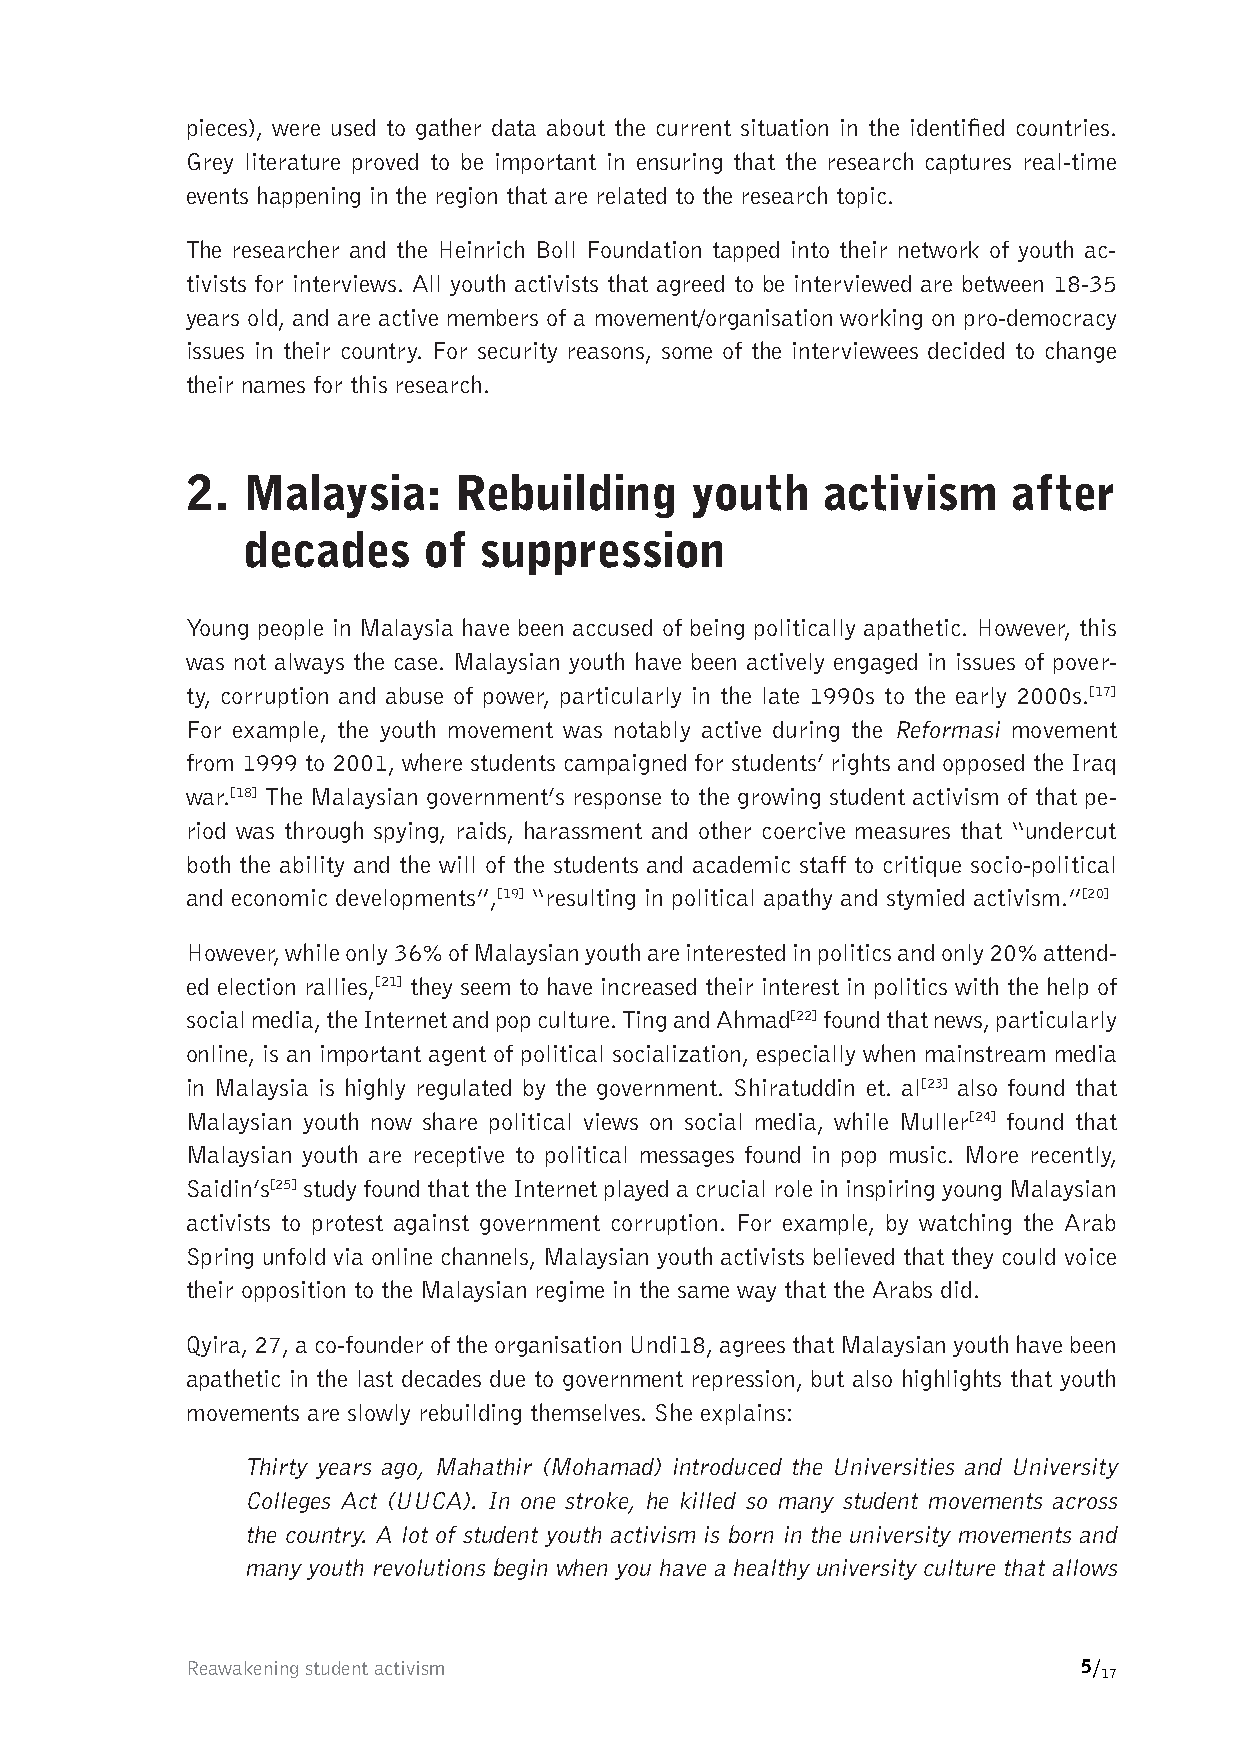
pieces), were used to gather data about the current situation in the identified countries.
 Grey literature proved to be important in ensuring that the research captures real-time
 events happening in the region that are related to the research topic.
 The researcher and the Heinrich Boll Foundation tapped into their network of youth ac-
 tivists for interviews. All youth activists that agreed to be interviewed are between 18-35
 years old, and are active members of a movement/organisation working on pro-democracy
 issues in their country. For security reasons, some of the interviewees decided to change
 their names for this research.
 2.  Malaysia:     Rebuilding      youth   activism     after
 decades     of  suppression
 Young people in Malaysia have been accused of being politically apathetic. However, this
 was not always the case. Malaysian youth have been actively engaged in issues of pover-
 ty, corruption and abuse of power, particularly in the late 1990s to the early 2000s.[17]
 For example, the youth movement was notably active during the Reformasi movement
 from 1999 to 2001, where students campaigned for students’ rights and opposed the Iraq
 war.[18] The Malaysian government’s response to the growing student activism of that pe-
 riod was through spying, raids, harassment and other coercive measures that “undercut
 both the ability and the will of the students and academic staff to critique socio-political
 and economic developments”,[19] “resulting in political apathy and stymied activism.”[20]
 However, while only 36% of Malaysian youth are interested in politics and only 20% attend-
 ed election rallies,[21] they seem to have increased their interest in politics with the help of
 social media, the Internet and pop culture. Ting and Ahmad[22] found that news, particularly
 online, is an important agent of political socialization, especially when mainstream media
 in Malaysia is highly regulated by the government. Shiratuddin et. al[23] also found that
 Malaysian youth now share political views on social media, while Muller[24] found that
 Malaysian youth are receptive to political messages found in pop music. More recently,
 Saidin’s[25] study found that the Internet played a crucial role in inspiring young Malaysian
 activists to protest against government corruption. For example, by watching the Arab
 Spring unfold via online channels, Malaysian youth activists believed that they could voice
 their opposition to the Malaysian regime in the same way that the Arabs did.
 Qyira, 27, a co-founder of the organisation Undi18, agrees that Malaysian youth have been
 apathetic in the last decades due to government repression, but also highlights that youth
 movements are slowly rebuilding themselves. She explains:
 Thirty years ago, Mahathir (Mohamad) introduced the Universities and University
 Colleges Act (UUCA). In one stroke, he killed so many student movements across
 the country. A lot of student youth activism is born in the university movements and
 many youth revolutions begin when you have a healthy university culture that allows
 Reawakening student activism                                5/
 17